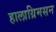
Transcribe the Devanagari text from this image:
हालाग्रिमसन